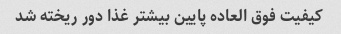
کیفیت فوق العاده پایین بیشتر غذا دور ریخته شد